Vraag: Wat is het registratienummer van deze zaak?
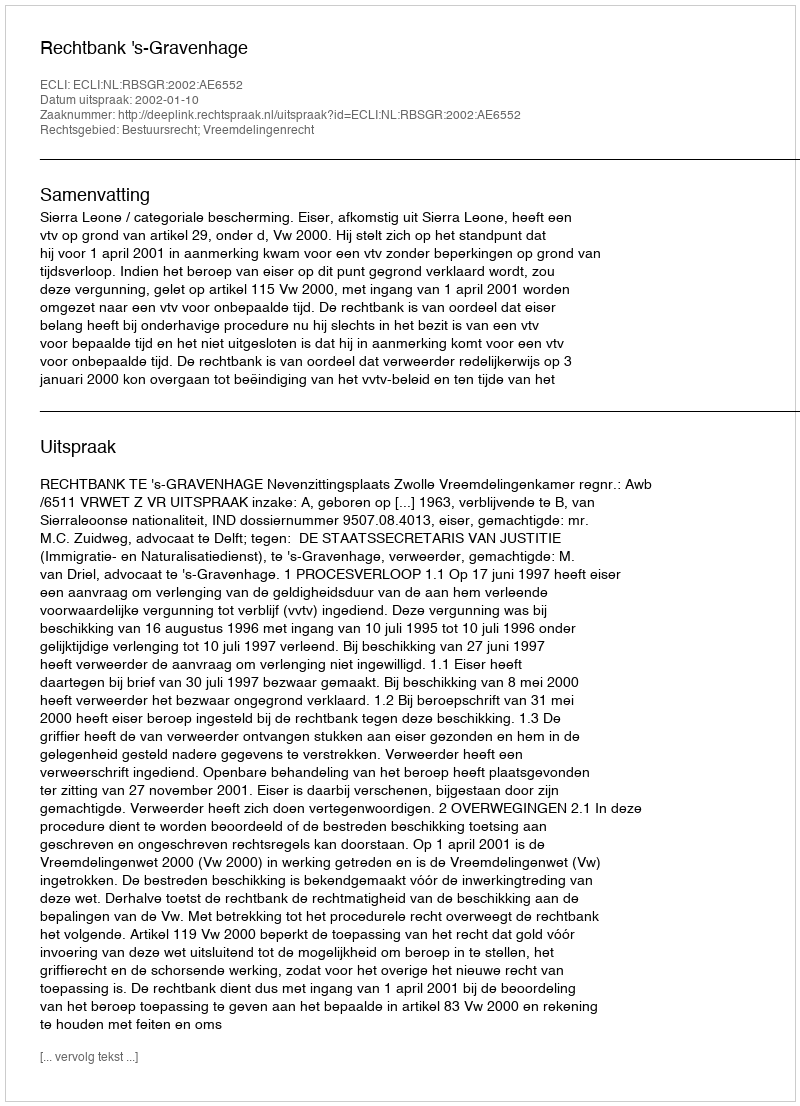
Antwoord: http://deeplink.rechtspraak.nl/uitspraak?id=ECLI:NL:RBSGR:2002:AE6552